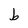
Character: b